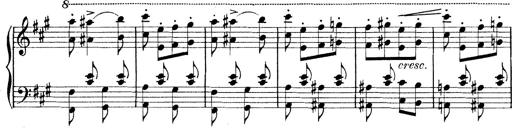
Title: Rapsodie: 19 ungheresi, 1 spagnuola
Composer: Franz Liszt